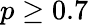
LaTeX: p\geq 0.7